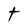
Character: t